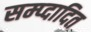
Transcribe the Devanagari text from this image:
सम्प्दादित